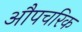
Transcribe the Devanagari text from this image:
औपचरिक